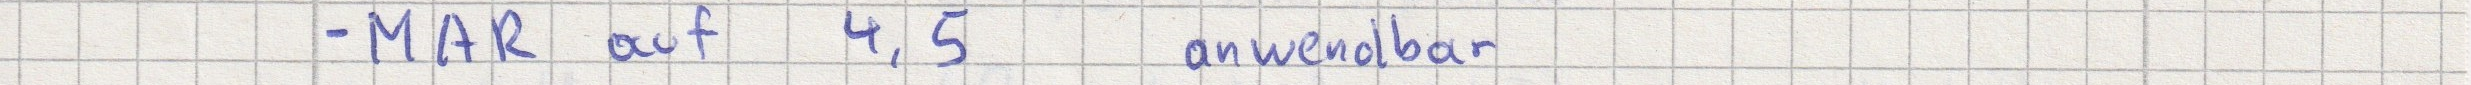
- MAR auf 4, 5 anwendbar